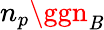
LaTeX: n_{p}\ggn_{\mathit{B}}